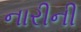
નારીની